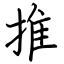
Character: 推